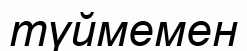
түймемен